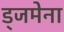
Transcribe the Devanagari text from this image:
ड्जमेना